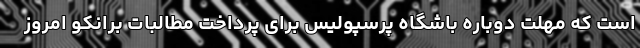
است که مهلت دوباره باشگاه پرسپولیس برای پرداخت مطالبات برانکو امروز